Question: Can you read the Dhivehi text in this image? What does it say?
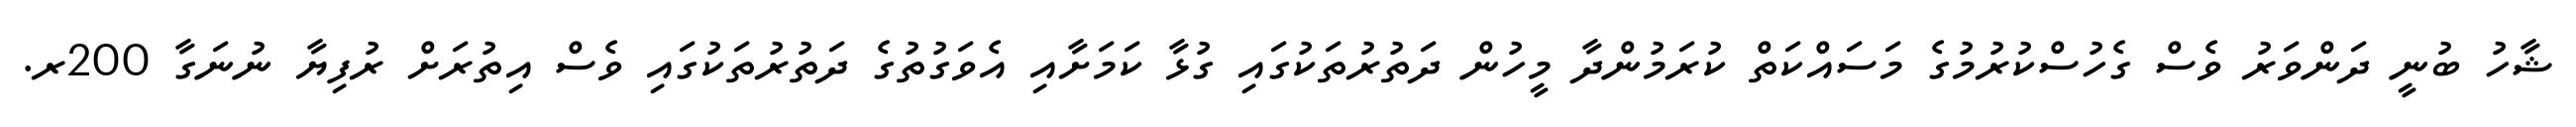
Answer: ޝާހު ބުނީ ދަންވަރު ވެސް ގެހުސްކުރުމުގެ މަސައްކަތް ކުރަމުންދާ މީހުން ދަތުރުތަކުގައި ގުޅާ ކަމަށާއި އެވަގުތުގެ ދަތުރުތަކުގައި ވެސް އިތުރަށް ރުފިޔާ ނުނަގާ 200ރ.